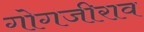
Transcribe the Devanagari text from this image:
गोगजीराव